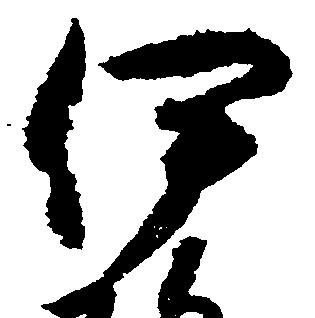
伊